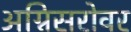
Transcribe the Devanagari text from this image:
अग्निसरोवर